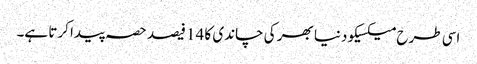
اسی طرح میکسیکو دنیا بھر کی چاندی کا 14 فیصد حصہ پیدا کرتا ہے۔